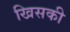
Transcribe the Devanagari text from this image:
खिसकी